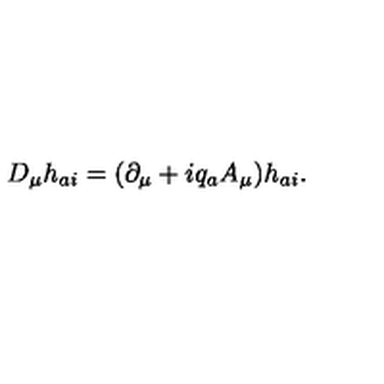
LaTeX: D _ { \mu } h _ { a i } = ( \partial _ { \mu } + i q _ { a } A _ { \mu } ) h _ { a i } .